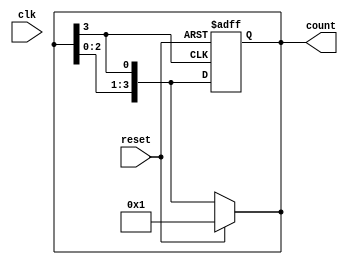
module async_ring_counter #(
    parameter N = 4  // Number of flip-flops (states)
)(
    input wire clk,   // Clock input (not used in asynchronous operation)
    input wire reset, // Asynchronous reset
    output reg [N-1:0] count // Output state of the ring counter
);

// Internal signal to hold the next state
wire next_state;

// Asynchronous reset logic
always @(*) begin
    if (reset) begin
        count = 1'b1; // Initialize the first flip-flop to '1'
    end else begin
        count = {count[N-2:0], count[N-1]}; // Shift the '1' through the ring
    end
end

// Feedback loop for the last flip-flop to the first
assign next_state = count[N-1];

// Always block to update the state
always @(posedge next_state or posedge reset) begin
    if (reset) begin
        count <= 1'b1; // Reset to initial state
    end else begin
        count <= {count[N-2:0], count[N-1]}; // Shift the '1' through the ring
    end
end

endmodule